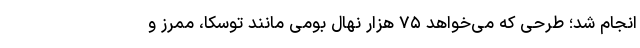
انجام شد؛ طرحی که می‌خواهد ۷۵ هزار نهال بومی مانند توسکا، ممرز و